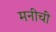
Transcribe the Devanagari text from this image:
मनीची